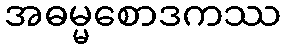
အဓမ္မစောဒကဿ